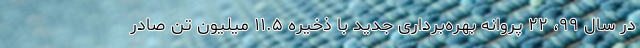
در سال ۹۹، ۲۲ پروانه‌ بهره‌برداری جدید با ذخیره ۱۱.۵ میلیون تن صادر